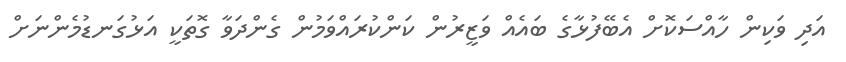
އަދި ވަކިން ހާއްސަކޮށް އެބޭފުޅާގެ ބައެއް ވަޒީރުން ކަންކުރައްވަމުން ގެންދަވާ ގޮތަކީ އަޅުގަނޑުމެންނަށް